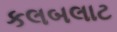
કલબલાટ